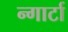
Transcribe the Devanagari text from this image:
न्गार्टा